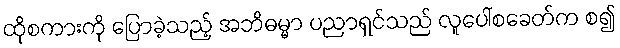
ထိုစကားကို ပြောခဲ့သည့် အဘိဓမ္မာ ပညာရှင်သည် လူပေါ်စခေတ်က စ၍